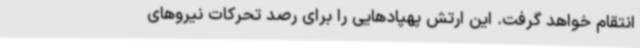
انتقام خواهد گرفت. این ارتش پهپادهایی را برای رصد تحرکات نیروهای